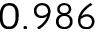
0 . 9 8 6